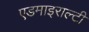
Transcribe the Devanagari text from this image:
एडमाइराल्टी